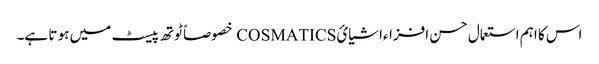
اس کا اہم استعمال حسن افزاءاشیائCOSMATICS خصوصاً ٹوتھ پیسٹ میں ہو تا ہے۔